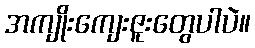
အကျိုးကျေးဇူးတွေပါပဲ။